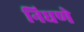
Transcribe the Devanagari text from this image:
निघणे